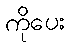
ကိုပေး